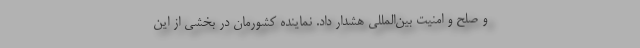
و صلح و امنیت بین‌المللی هشدار داد. نماینده کشورمان در بخشی از این